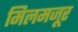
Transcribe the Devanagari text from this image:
मिलमजूर